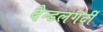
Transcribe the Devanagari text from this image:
वैन्डलगर्दी